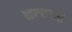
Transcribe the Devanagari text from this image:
नटबाजी